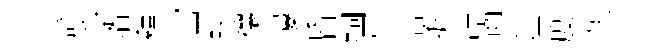
謬池壻釋崈轘禳塿昏銅尽舎擔評齒隘度灰